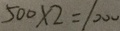
5 0 0 \times 2 = 1 0 0 0